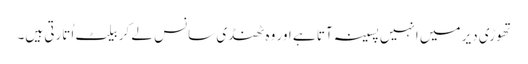
تھوڑی دیر میں انہیں پسینہ آتا ہے اور وہ ٹھنڈی سانس لے کر بیلٹ اُتارتی ہیں۔